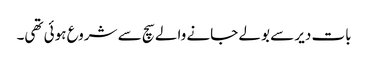
بات دیر سے بولے جانے والے سچ سے شروع ہوئی تھی۔